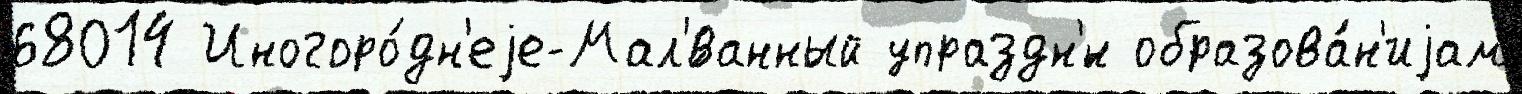
68014 Иногоро́дн'еjе-Мал'́ванный упраздн'́н образова́н'иjам